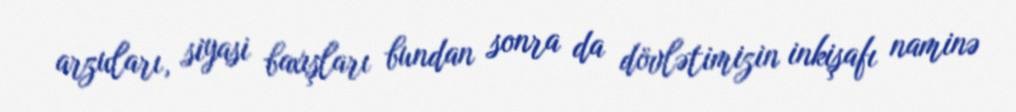
arzuları, siyasi baxışları bundan sonra da dövlətimizin inkişafı naminə